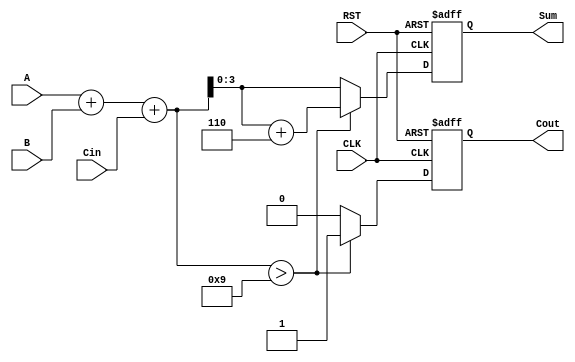
module BCD_Synchronous_Adder (
    input wire [3:0] A,    // First BCD digit
    input wire [3:0] B,    // Second BCD digit
    input wire Cin,        // Carry input
    input wire CLK,        // Clock signal
    input wire RST,        // Reset signal
    output reg [3:0] Sum,   // BCD sum output
    output reg Cout         // Carry output
);

reg [4:0] binary_sum; // 5-bit to accommodate binary sum and carry out

// Synchronous process
always @(posedge CLK or posedge RST) begin
    if (RST) begin
        Sum <= 4'b0000; // Reset sum to 0
        Cout <= 1'b0;   // Reset carry out to 0
    end else begin
        // Step 1: Calculate binary sum of A, B and Cin
        binary_sum = A + B + Cin;

        // Step 2: BCD Correction if necessary
        if (binary_sum > 9) begin
            binary_sum = binary_sum + 5'b00110; // Add 6 in binary (0110)
            Cout <= 1'b1; // Set carry out to 1
        end else begin
            Cout <= 1'b0; // No carry out
        end

        // Step 3: Assign final sum
        Sum <= binary_sum[3:0]; // Take only the lower 4 bits
    end
end

endmodule